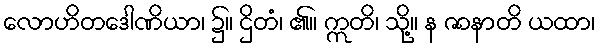
လောဟိတဒေါဏိယာ၊ ၌။ ဌိတံ၊ ၏။ ဣတိ၊ သို့။ န ဇာနာတိ ယထာ၊